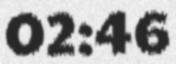
02:46